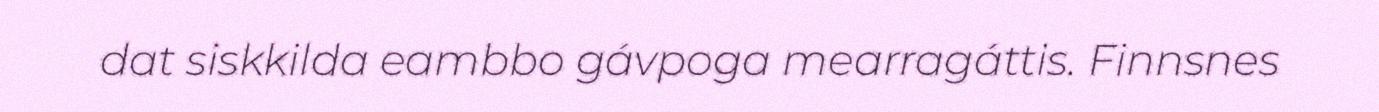
dat siskkilda eambbo gávpoga mearragáttis. Finnsnes